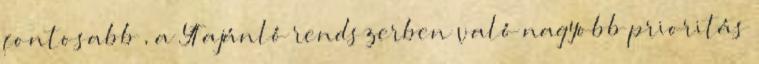
fontosabb , a YT ajánló rendszerben való nagyobb prioritás